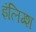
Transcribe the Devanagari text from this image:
इंलिग्श